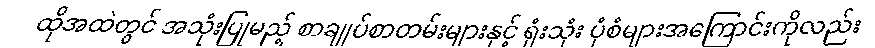
ထိုအထဲတွင် အသုံးပြုမည့် စာချုပ်စာတမ်းများနှင့် ရုံးသုံး ပုံစံများအကြောင်းကိုလည်း